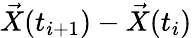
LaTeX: \vec{X}(t_{i+1})-\vec{X}(t_{i})